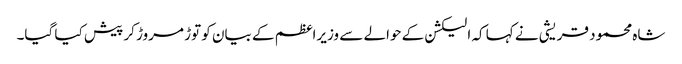
شاہ محمود قریشی نے کہا کہ الیکشن کے حوالے سے وزیراعظم کے بیان کو توڑ مروڑ کر پیش کیا گیا۔